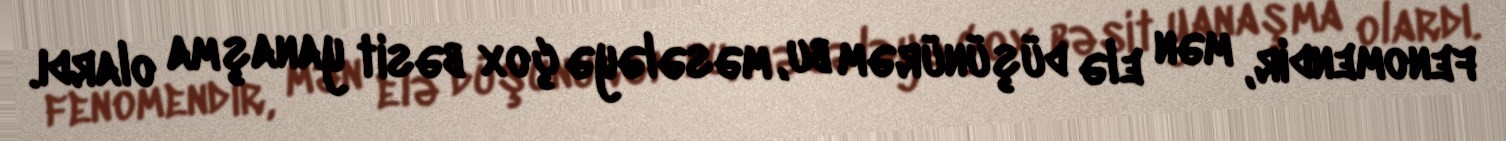
fenomendir, mən elə düşünürəm bu, məsələyə çox bəsit yanaşma olardı.